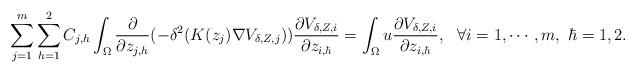
LaTeX: \begin{align*}\sum_{j=1}^m\sum_{h=1}^2C_{j,h}\int_{\Omega}\frac{\partial}{\partial z_{j,h}}(-\delta^2(K(z_j)\nabla V_{\delta, Z,j}))\frac{\partial V_{\delta, Z,i}}{\partial z_{i,\hbar}}=\int_{\Omega}u \frac{\partial V_{\delta, Z,i}}{\partial z_{i,\hbar}},\ \ \forall i=1,\cdots,m,\ \hbar=1,2.\end{align*}